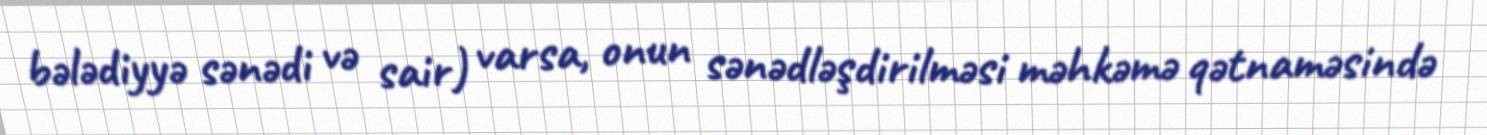
bələdiyyə sənədi və sair) varsa, onun sənədləşdirilməsi məhkəmə qətnaməsində